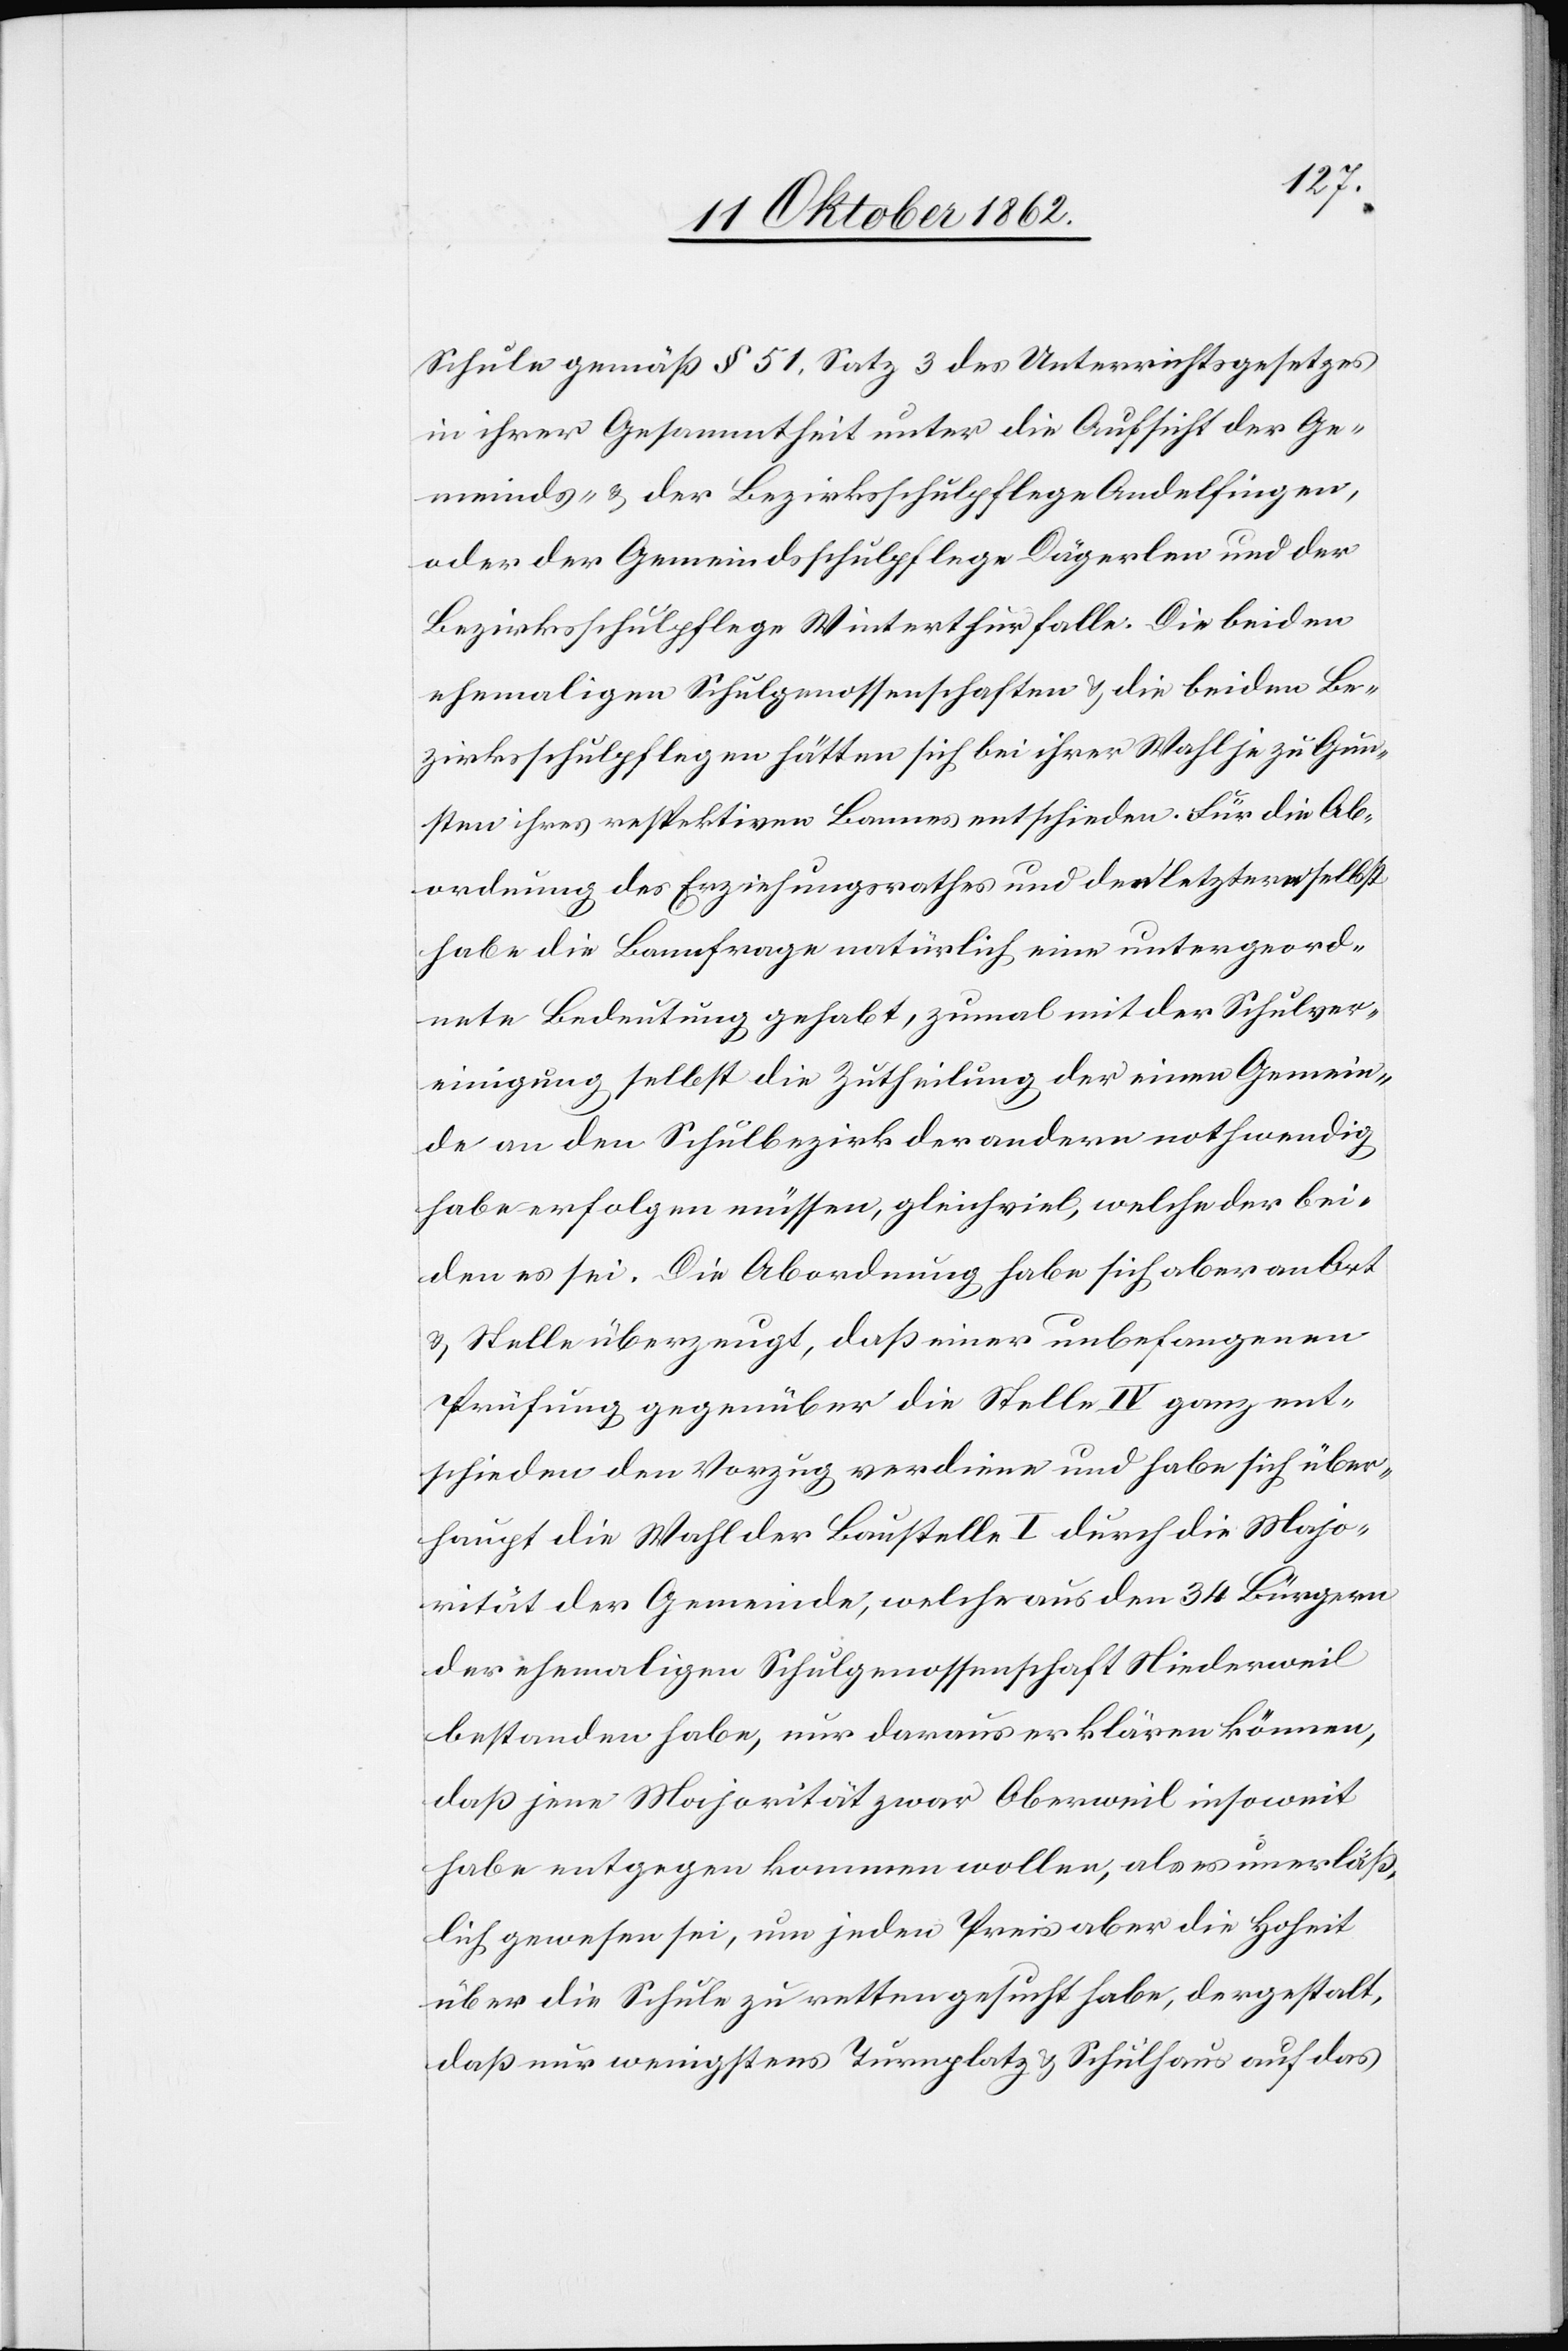
Schule gemäß § 51, Satz 3 des Unterrichtsgesetzes
in ihrer Gesammtheit unter die Aufsicht der Ge¬
meinds- u. der Bezirksschulpflege Andelfingen
oder der Gemeindsschulpflege Dägerlen und der
Bezirksschulpflege Winterthur falle. Die beiden
ehemaligen Schulgenossenschaften u. die beiden Be¬
zirksschulpflegen hätten sich bei ihrer Wahl je zu Gun¬
sten ihres respektiven Bannes entschieden. Für die Ab¬
ordnung des Erziehungsrathes und der letztern selbst
habe die Bannfrage natürlich eine untergeord¬
nete Bedeutung gehabt, zumal mit der Schulver¬
einigung selbst die Zutheilung der einen Gemein¬
de an den Schulbezirks der andern nothwendig
habe erfolgen müssen, gleichviel, welche der bei¬
den es sei. Die Abordnung habe sich aber an Ort
u. Stelle überzeugt, daß einer unbefangenen
Prüfung gegenüber die Stelle IV ganz ent¬
schieden den Vorzug verdiene und habe sich über¬
haupt die Wahl der Baustelle I durch die Majo¬
rität der Gemeinde, welche aus den 34 Bürgern
der ehemaligen Schulgenossenschaft Niederweil
bestanden habe, nur daraus erklären können,
daß jene Majorität zwar Oberweil insoweit
habe entgegen kommen wollen, als es unerläß¬
lich gewesen sei, um jeden Preis aber die Hoheit
über die Schule zu retten gesucht habe, dergestalt,
daß nur wenigstens Turnplatz u. Schulhaus auf das